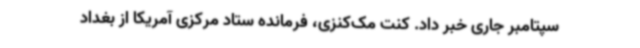
سپتامبر جاری خبر داد. کنت مک‌کنزی، فرمانده ستاد مرکزی آمریکا از بغداد